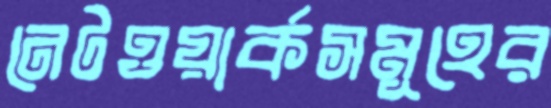
নেটওয়ার্কসমূহের